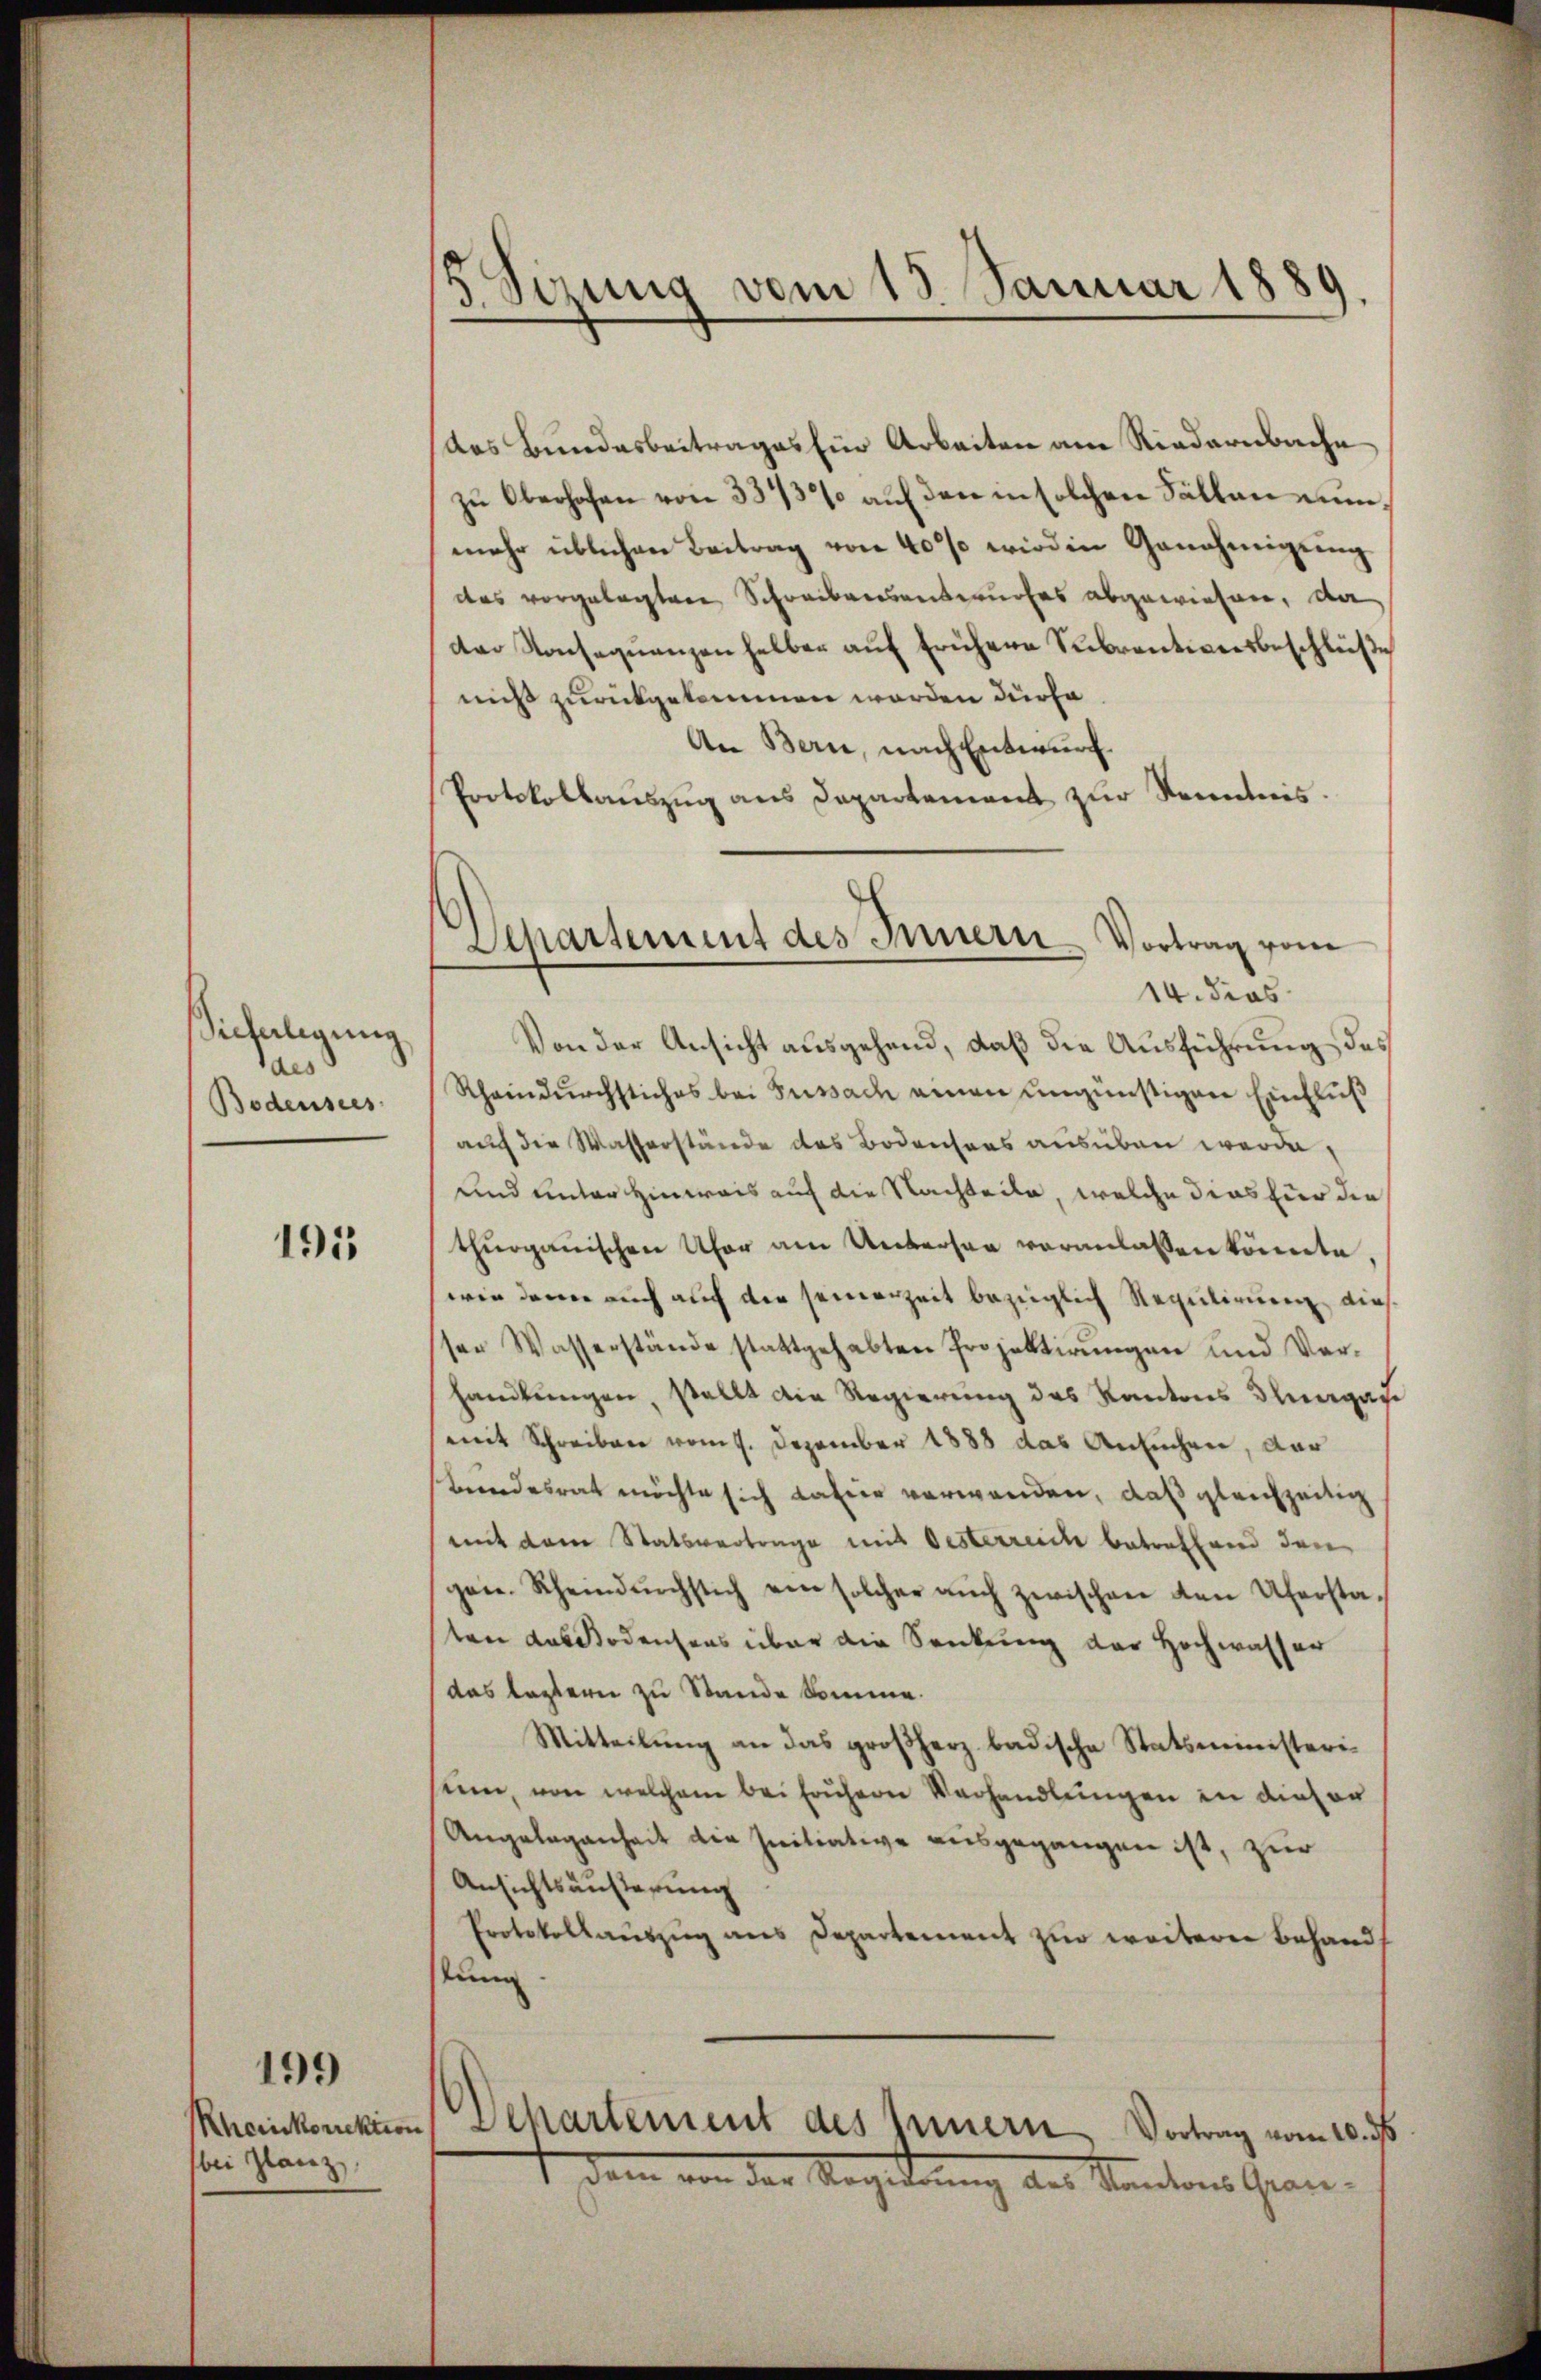
Sicherlegung.
s
Bodensees

1915

199

bei Glanz

das Bundesbeitrages für Arbeiten am Riedernbache
zu Oberhofen von 33/3% auf den in solchen Fällen nunmehr üblichen Beitrag von 40% wird in Genehmigung
das vorgelegten Schreibensentwurfes abgewiesen, da
der Konseqŭenzen helber aŭf frühere Subventionsbeschlüβe
nicht zurückgekommen worden dürfe
An Bern, nach Entwurf.
Protokollauszug aus Departement zur Kenntnis.

5. Sirung vom 15. Januar 1889.

Separtement des Innern Vortrag vom

14. dies
Von der Ansicht ausgehend, daß die Ausführung des
Rheindurchstiches bei Fussach einen ungünstigen Einfluß
auch die Wasserstände des Bodensers ausüben werde,
und unter Hinweis auf die Nachteile, welche dies für die
thurgauischen Ufer am Untersee voranlassen könnte,
wie dann auch auf der seinerzeit bezüglich Regulirung dies
ser Wasserstände stattgehabten Projektirŭngen und Ver-
handlungen, stellt die Regierung des Kantons Thurgau
(mit Schreiben vom 1. Dezember 1888 das Ansuchen, dar
Bundesrat möchte sich Later verwenden, daß gleichzeitig
mit dem Statsvertrage mit Oesterreich betreffend den
gen. Rheindŭrchstich ein solcher aŭch zwischen den Uferstasten das Bodensens über die Senkung der Hochwasser
das lezteren zu Stande komme.
Mitteilŭng an das großherz badische Statsministerisein, von welchem bei frühere Verhandlungen in dieser
Ungelegenheit die Initiative ausgegangen ist, zur
Ansichtsäußerung
Protokollaŭszŭg ans Departement zŭr weiterer Behands
stung
Rheinkonckiren Dekartement des Innern Vortrag vom 10. ds
1 dem von der Regierung des Kantons Gran¬